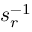
s _ { r } ^ { - 1 }